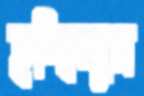
হচ্ছিলুম